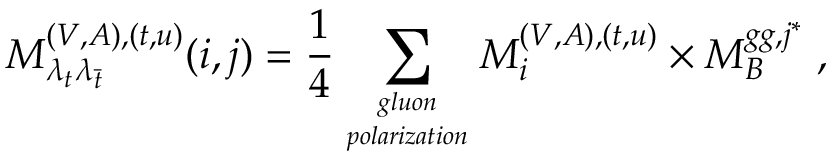
M _ { \lambda _ { t } \lambda _ { \bar { t } } } ^ { ( V , A ) , ( t , u ) } ( i , j ) = \frac { 1 } { 4 } \sum _ { g l u o n \atop p o l a r i z a t i o n } M _ { i } ^ { ( V , A ) , ( t , u ) } \times M _ { B } ^ { g g , j ^ { * } } \; ,